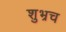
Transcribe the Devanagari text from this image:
शुभ्रच